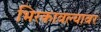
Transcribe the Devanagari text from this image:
भिरकावल्यावर